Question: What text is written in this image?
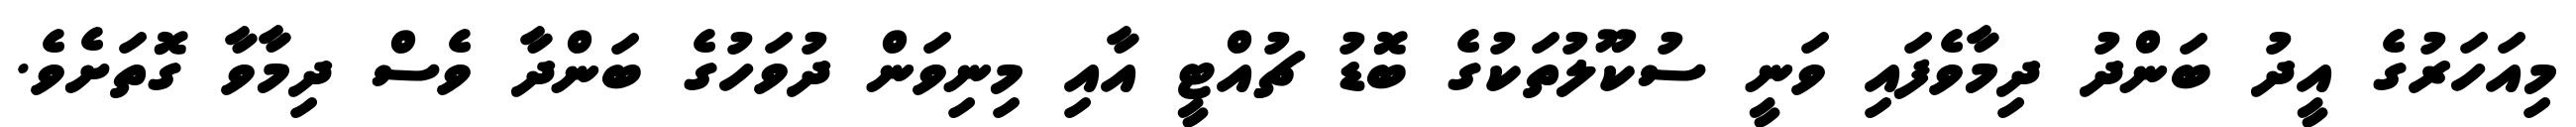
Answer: މިއަހަރުގެ އީދު ބަންދު ދިމާވެފައި ވަނީ ސުކޫލުތަކުގެ ބޮޑު ޗުއްޓީ އާއި މިނިވަން ދުވަހުގެ ބަންދާ ވެސް ދިމާވާ ގޮތަށެވެ.